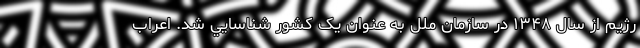
رژيم از سال ۱۳۴۸ در سازمان ملل به عنوان يک کشور شناسايي شد. اعراب